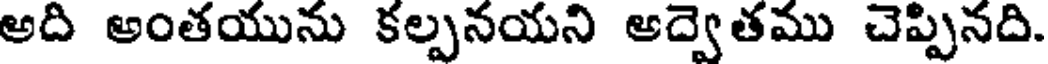
అది అంతయును కల్పనయని అద్వెతము చెప్పినది.